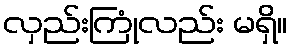
လှည်းကြုံလည်း မရှိ။